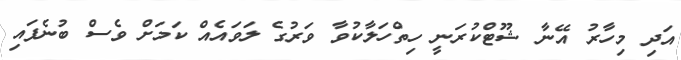
އަދި މިހާރު އޭނާ ޝޫޓްކުރަނީ ހިތްހަލާކުވާ ވަރުގެ ލަވައެއް ކަމަށް ވެސް ބުނެފައި